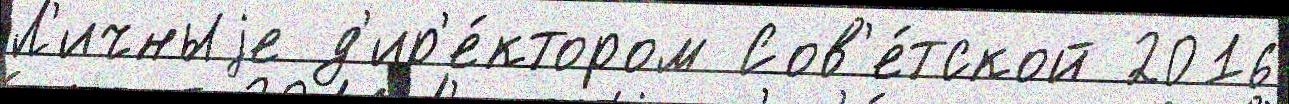
Л'ичныjе д'ир'е́ктором Сов'е́тской 2016